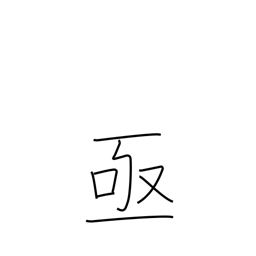
Meaning: sudden